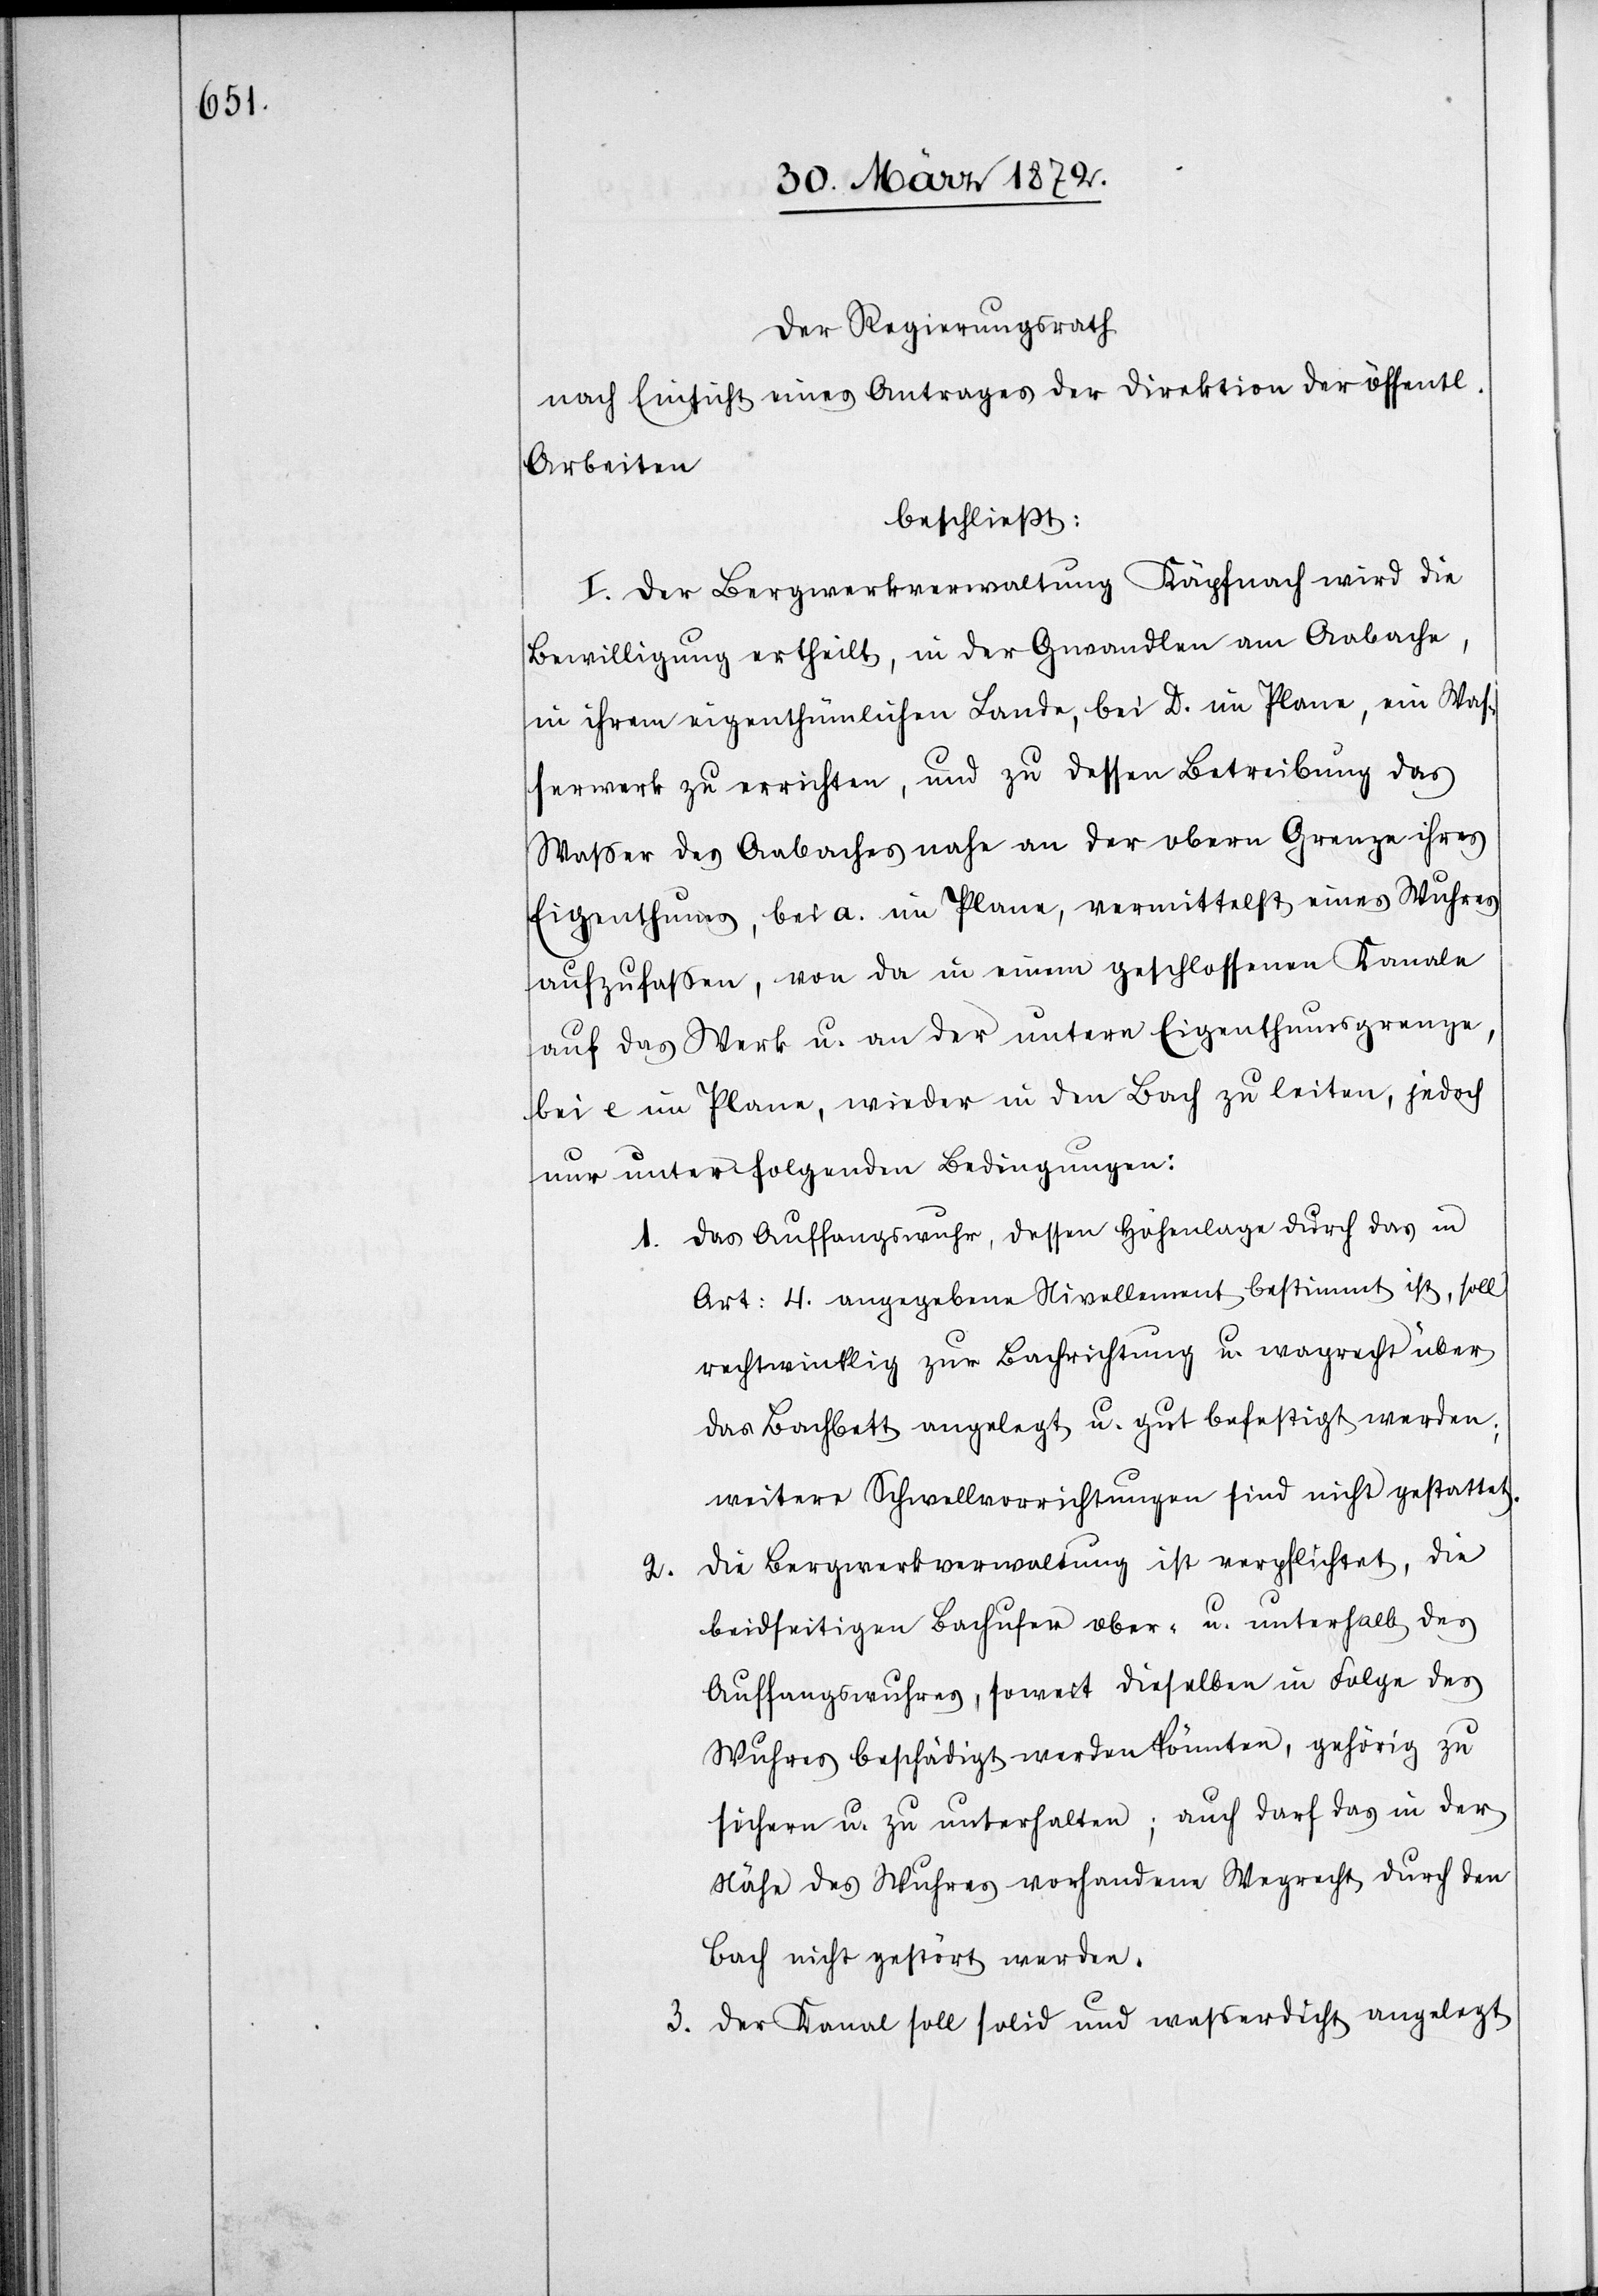
Der Regierungsrath
nach Einsicht eines Antrages der Direktion der öffentl.
Arbeiten
beschließt:
I. Der Bergwerkverwaltung Käpfnach wird die
Bewilligung ertheilt, in der Gwandlen am Aabache,
in ihrem eigenthümlichen Lande, bei D. im Plane, ein Was¬
serwerk zu errichten, und zu dessen Betreibung das
Wasser des Aabaches nahe an der obern Grenze ihres
Eigenthums, bei a. im Plane, vermittelst eines Wuhres
aufzufassen, von da in einem geschlossenen Kanale
auf das Werk u. an der untern Eigenthumsgrenze,
bei e im Plane, wieder in den Bach zu leiten, jedoch
nur unter folgenden Bedingungen:
1. Das Auffangswuhr, dessen Höhenlage durch das in
Art: 4. angegebene Nivellement bestimmt ist, soll
rechtwinklig zur Bachrichtung u. wagrecht [sic!]
das Bachbett angelegt u. gut befestigt werden;
weitere Schwellvorrichtungen sind nicht gestattet.
Die Bergwerkverwaltung ist verpflichtet, die
2.
beidseitigen Bachufer ober- u. unterhalb des
Auffangswuhres, soweit dieselben in Folge des
Wuhres beschädigt werden könnten, gehörig zu
sichern u. zu unterhalten; auch darf das in der
Nähe des Wuhres vorhandene Wegrecht durch den
Bach nicht gestört werden.
3. Der Kanal soll solid und wasserdicht angelegt